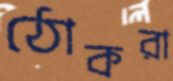
ঠোকরা